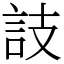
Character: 䚳